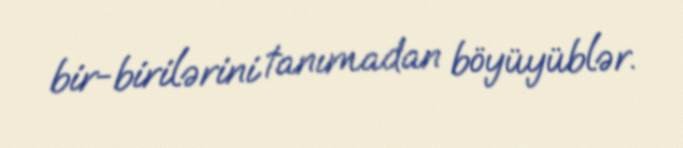
bir-birilərini tanımadan böyüyüblər.